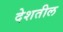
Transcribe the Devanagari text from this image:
देशतील